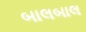
બાલબાલ